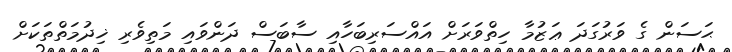
ޙަސަން ގެ ވަރުގަދަ ޢަޒުމާ ހިތްވަރަށް އައްސަރިބަހާއި ސާބަސް ދަންވައި މަތިވެރި ޚިދުމަތްތަކަށް